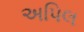
અપિલ